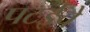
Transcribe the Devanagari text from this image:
पटईचे